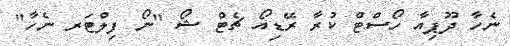
ނެހާ ދޫޕިއާ ހޯސްޓް ކުރާ ރޭޑިއޯ ޗެޓް ޝޯ "ނޯ ފިލްޓަރ ނެހާ"